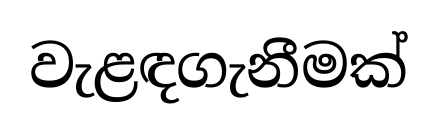
වැළඳගැනීමක්